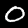
Digit: 0